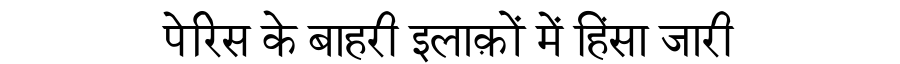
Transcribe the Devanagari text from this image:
पेरिस के बाहरी इलाक़ों में हिंसा जारी